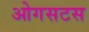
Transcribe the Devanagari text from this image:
ओगसटस